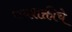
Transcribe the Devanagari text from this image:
नवशक्तीचे